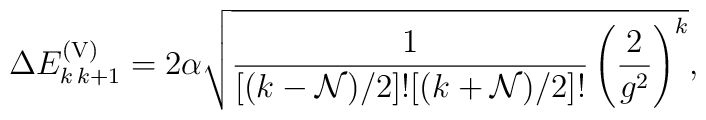
\Delta E^{\rm (V)}_{ k\, k+1} = 2 \alpha \sqrt{{1 \over [(k-{\cal N})/2]! [(k + {\cal N})/2]! }\left({2 \over g^2} \right)^k },